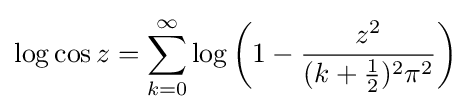
\log \cos z=\sum _{k=0}^{\infty }\log \left(1-{\frac {z^{2}}{(k+{\frac {1}{2}})^{2}\pi ^{2}}}\right)